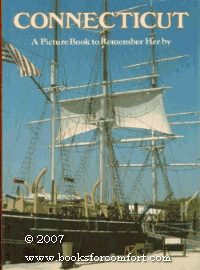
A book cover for Picture Book to Remember Her By: Connecticut; Rh Value Publishing; Travel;